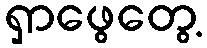
ရှာဖွေတွေ့